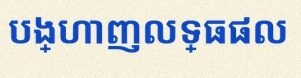
បង្ហាញលទ្ធផល